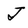
Character: J